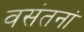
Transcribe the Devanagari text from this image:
वसंतनां